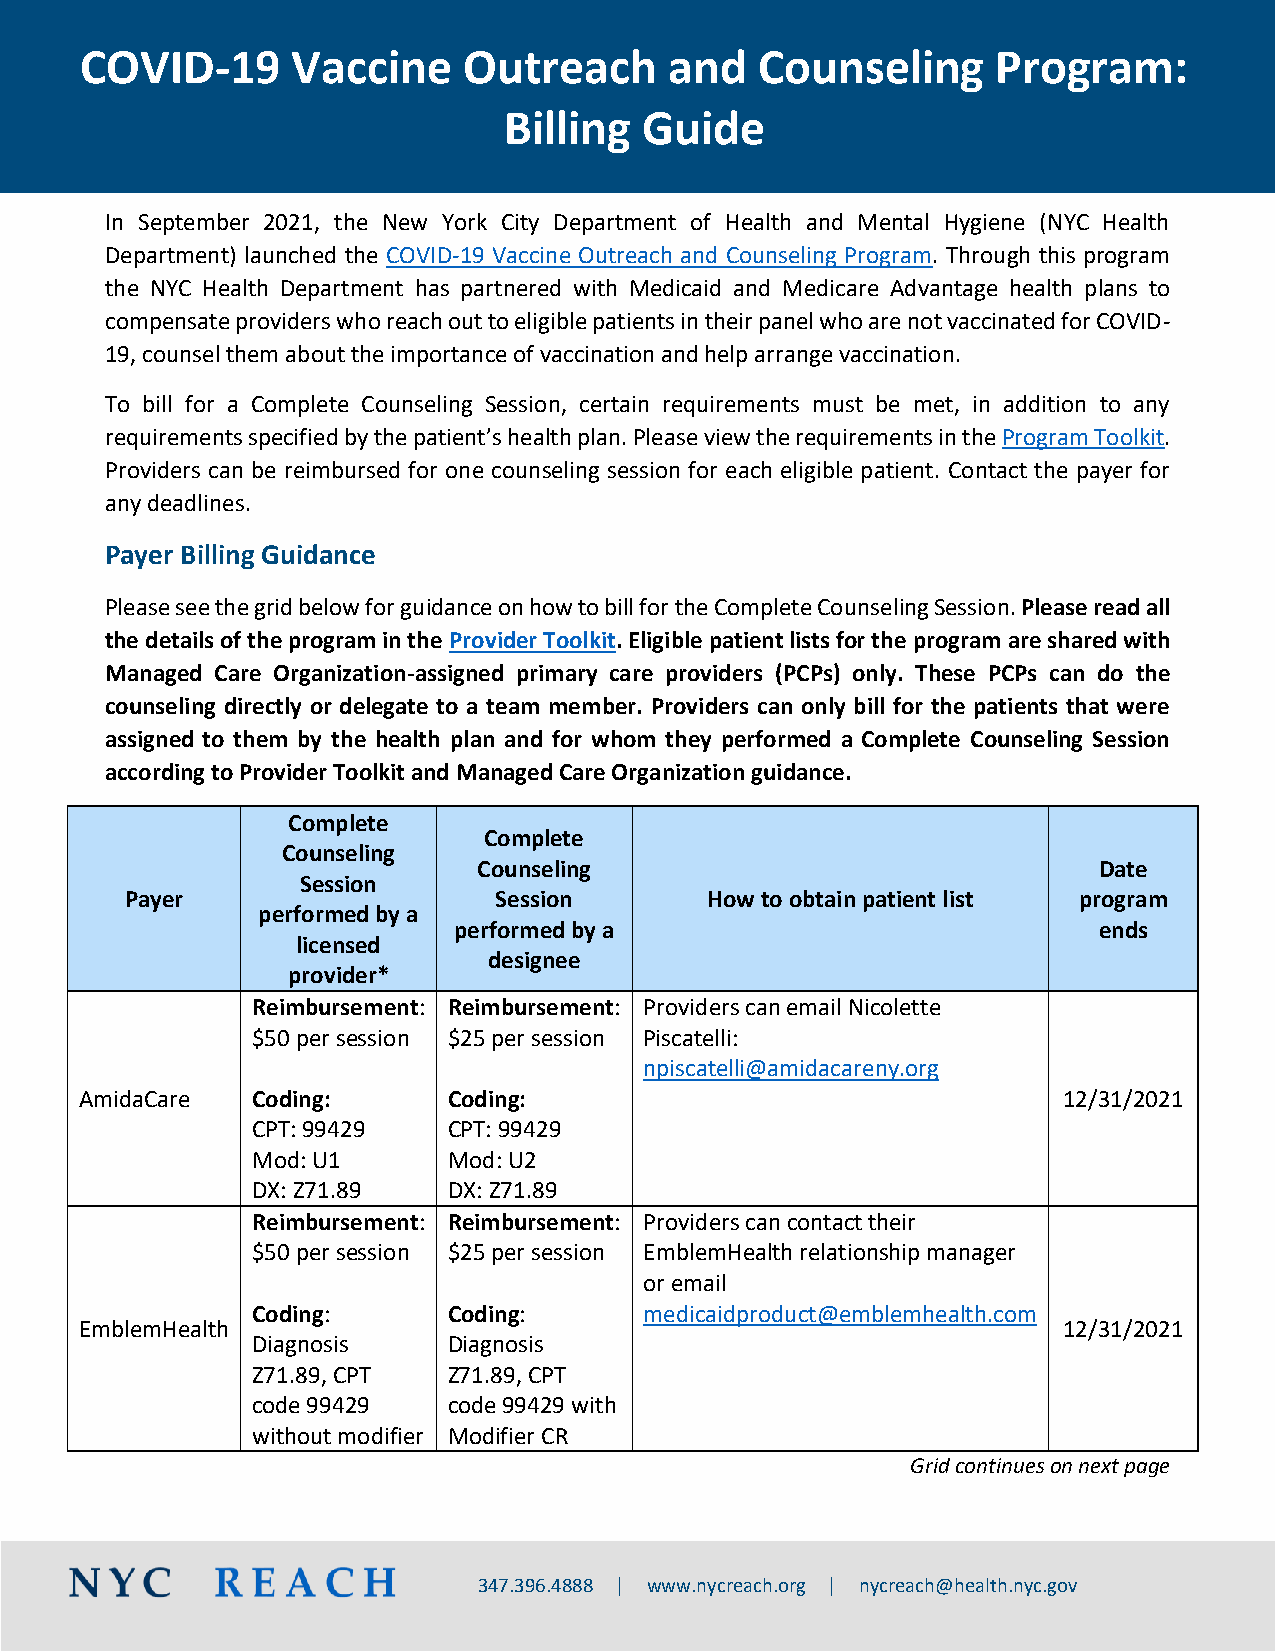
COVID-19      Vaccine     Outreach     and   Counseling      Program:
 Billing   Guide
 In September 2021, the New York City Department of Health and Mental Hygiene (NYC Health
 Department) launched the COVID-19 Vaccine Outreach and Counseling Program. Through this program
 the NYC Health Department has partnered with Medicaid and Medicare Advantage health plans to
 compensate providers who reach out to eligible patients in their panel who are not vaccinated for COVID-
 19, counsel them about the importance of vaccination and help arrange vaccination.
 To bill for a Complete Counseling Session, certain requirements must be met, in addition to any
 requirements specified by the patient’s health plan. Please view the requirements in the Program Toolkit.
 Providers can be reimbursed for one counseling session for each eligible patient. Contact the payer for
 any deadlines.
 Payer Billing Guidance
 Please see the grid below for guidance on how to bill for the Complete Counseling Session. Please read all
 the details of the program in the Provider Toolkit. Eligible patient lists for the program are shared with
 Managed Care Organization-assigned primary care providers (PCPs) only. These PCPs can do the
 counseling directly or delegate to a team member. Providers can only bill for the patients that were
 assigned to them by the health plan and for whom they performed a Complete Counseling Session
 according to Provider Toolkit and Managed Care Organization guidance.
 Complete
 Complete
 Counseling
 Counseling                               Date
 Session
 Payer                    Session       How to obtain patient list program
 performed by a
 performed by a                             ends
 licensed
 designee
 provider*
 Reimbursement: Reimbursement: Providers can email Nicolette
 $50 per session $25 per session Piscatelli:
 npiscatelli@amidacareny.org
 AmidaCare   Coding:      Coding:                                 12/31/2021
 CPT: 99429   CPT: 99429
 Mod: U1      Mod: U2
 DX: Z71.89   D X : Z71.89
 Reimbursement: Reimbursement: Providers can contact their
 $50 per session $25 per session EmblemHealth relationship manager
 or email
 Coding:      Coding:      medicaidproduct@emblemhealth.com
 EmblemHealth                                                     12/31/2021
 Diagnosis    Diagnosis
 Z71.89, CPT  Z71.89, CPT
 code 99429   code 99429 with
 without modifier Modifier CR
 Grid continues on next page
 347.396.4888 ǀ www.nycreach.org ǀ nycreach@health.nyc.gov